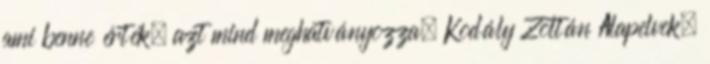
ami benne érték, azt mind meghatványozza. Kodály Zoltán Alapelvek,